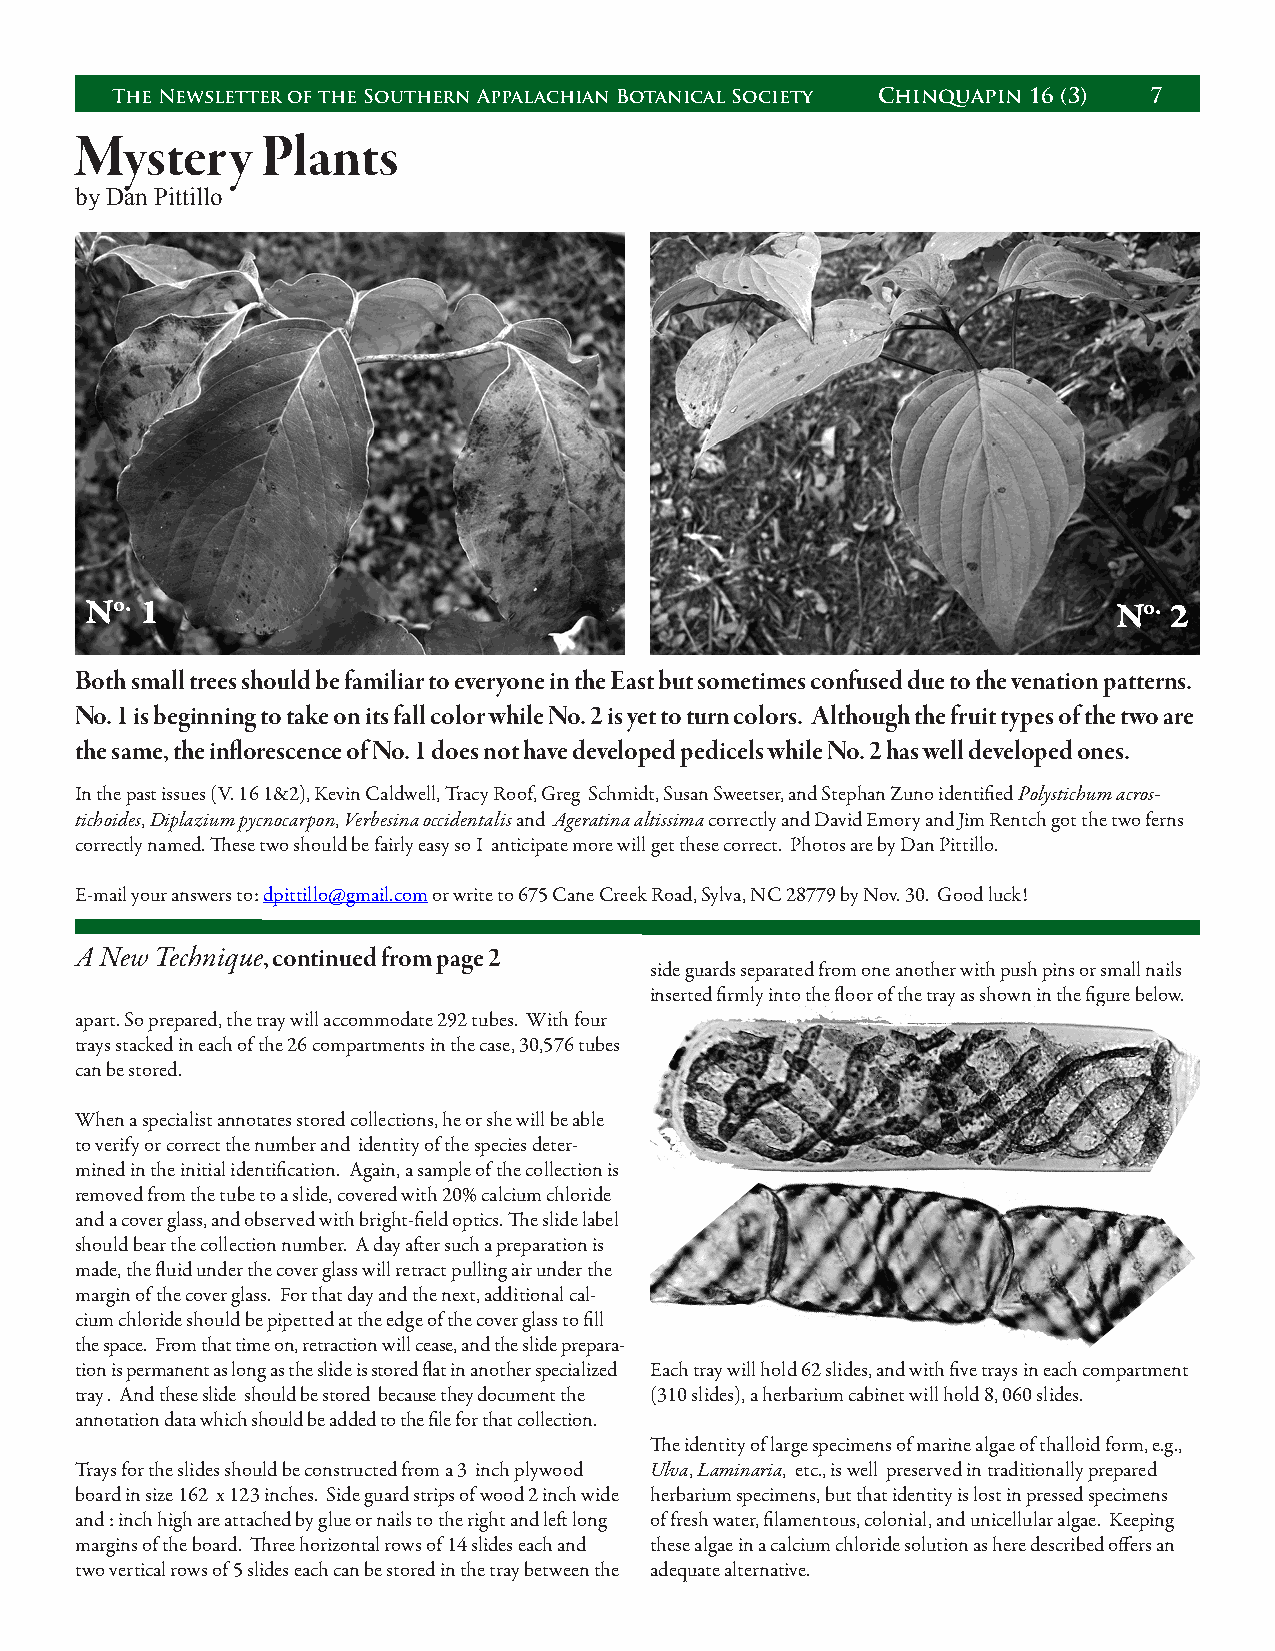
The Newsletter of the Southern Appalachian Botanical Society Chinquapin 16 (3) 7
 Mystery     Plants
 by Dan Pittillo
 No. 1                                                               No. 2
 Both small trees should be familiar to everyone in the East but sometimes confused due to the venation patterns.
 No. 1 is beginning to take on its fall color while No. 2 is yet to turn colors. Although the fruit types of the two are
 the same, the inflorescence of No. 1 does not have developed pedicels while No. 2 has well developed ones.
 In the past issues (V. 16 1&2), Kevin Caldwell, Tracy Roof, Greg Schmidt, Susan Sweetser, and Stephan Zuno identified Polystichum acros-
 tichoides, Diplazium pycnocarpon, Verbesina occidentalis and Ageratina altissima correctly and David Emory and Jim Rentch got the two ferns
 correctly named. These two should be fairly easy so I anticipate more will get these correct. Photos are by Dan Pittillo.
 E-mail your answers to: dpittillo@gmail.com or write to 675 Cane Creek Road, Sylva, NC 28779 by Nov. 30. Good luck!
 A New Technique, continued from page 2
 side guards separated from one another with push pins or small nails
 inserted firmly into the floor of the tray as shown in the figure below.
 apart. So prepared, the tray will accommodate 292 tubes. With four
 trays stacked in each of the 26 compartments in the case, 30,576 tubes
 can be stored.
 When a specialist annotates stored collections, he or she will be able
 to verify or correct the number and identity of the species deter-
 mined in the initial identification. Again, a sample of the collection is
 removed from the tube to a slide, covered with 20% calcium chloride
 and a cover glass, and observed with bright-field optics. The slide label
 should bear the collection number. A day after such a preparation is
 made, the fluid under the cover glass will retract pulling air under the
 margin of the cover glass. For that day and the next, additional cal-
 cium chloride should be pipetted at the edge of the cover glass to fill
 the space. From that time on, retraction will cease, and the slide prepara-
 tion is permanent as long as the slide is stored flat in another specialized Each tray will hold 62 slides, and with five trays in each compartment
 tray . And these slide should be stored because they document the (310 slides), a herbarium cabinet will hold 8, 060 slides.
 annotation data which should be added to the file for that collection.
 The identity of large specimens of marine algae of thalloid form, e.g.,
 Trays for the slides should be constructed from a 3 inch plywood Ulva, Laminaria, etc., is well preserved in traditionally prepared
 board in size 162 x 123 inches. Side guard strips of wood 2 inch wide herbarium specimens, but that identity is lost in pressed specimens
 and : inch high are attached by glue or nails to the right and left long of fresh water, filamentous, colonial, and unicellular algae. Keeping
 margins of the board. Three horizontal rows of 14 slides each and these algae in a calcium chloride solution as here described offers an
 two vertical rows of 5 slides each can be stored in the tray between the adequate alternative.